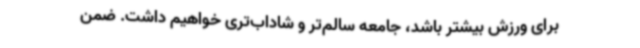
برای ورزش بیشتر باشد، جامعه سالم‌تر و شاداب‌تری خواهیم داشت. ضمن